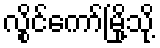
လွိုင်ကော်မြို့သို့